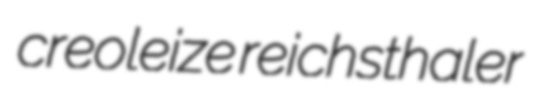
creoleize reichsthaler